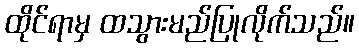
ထိုင်ရာမှ ထသွားမည်ပြုလိုက်သည်။